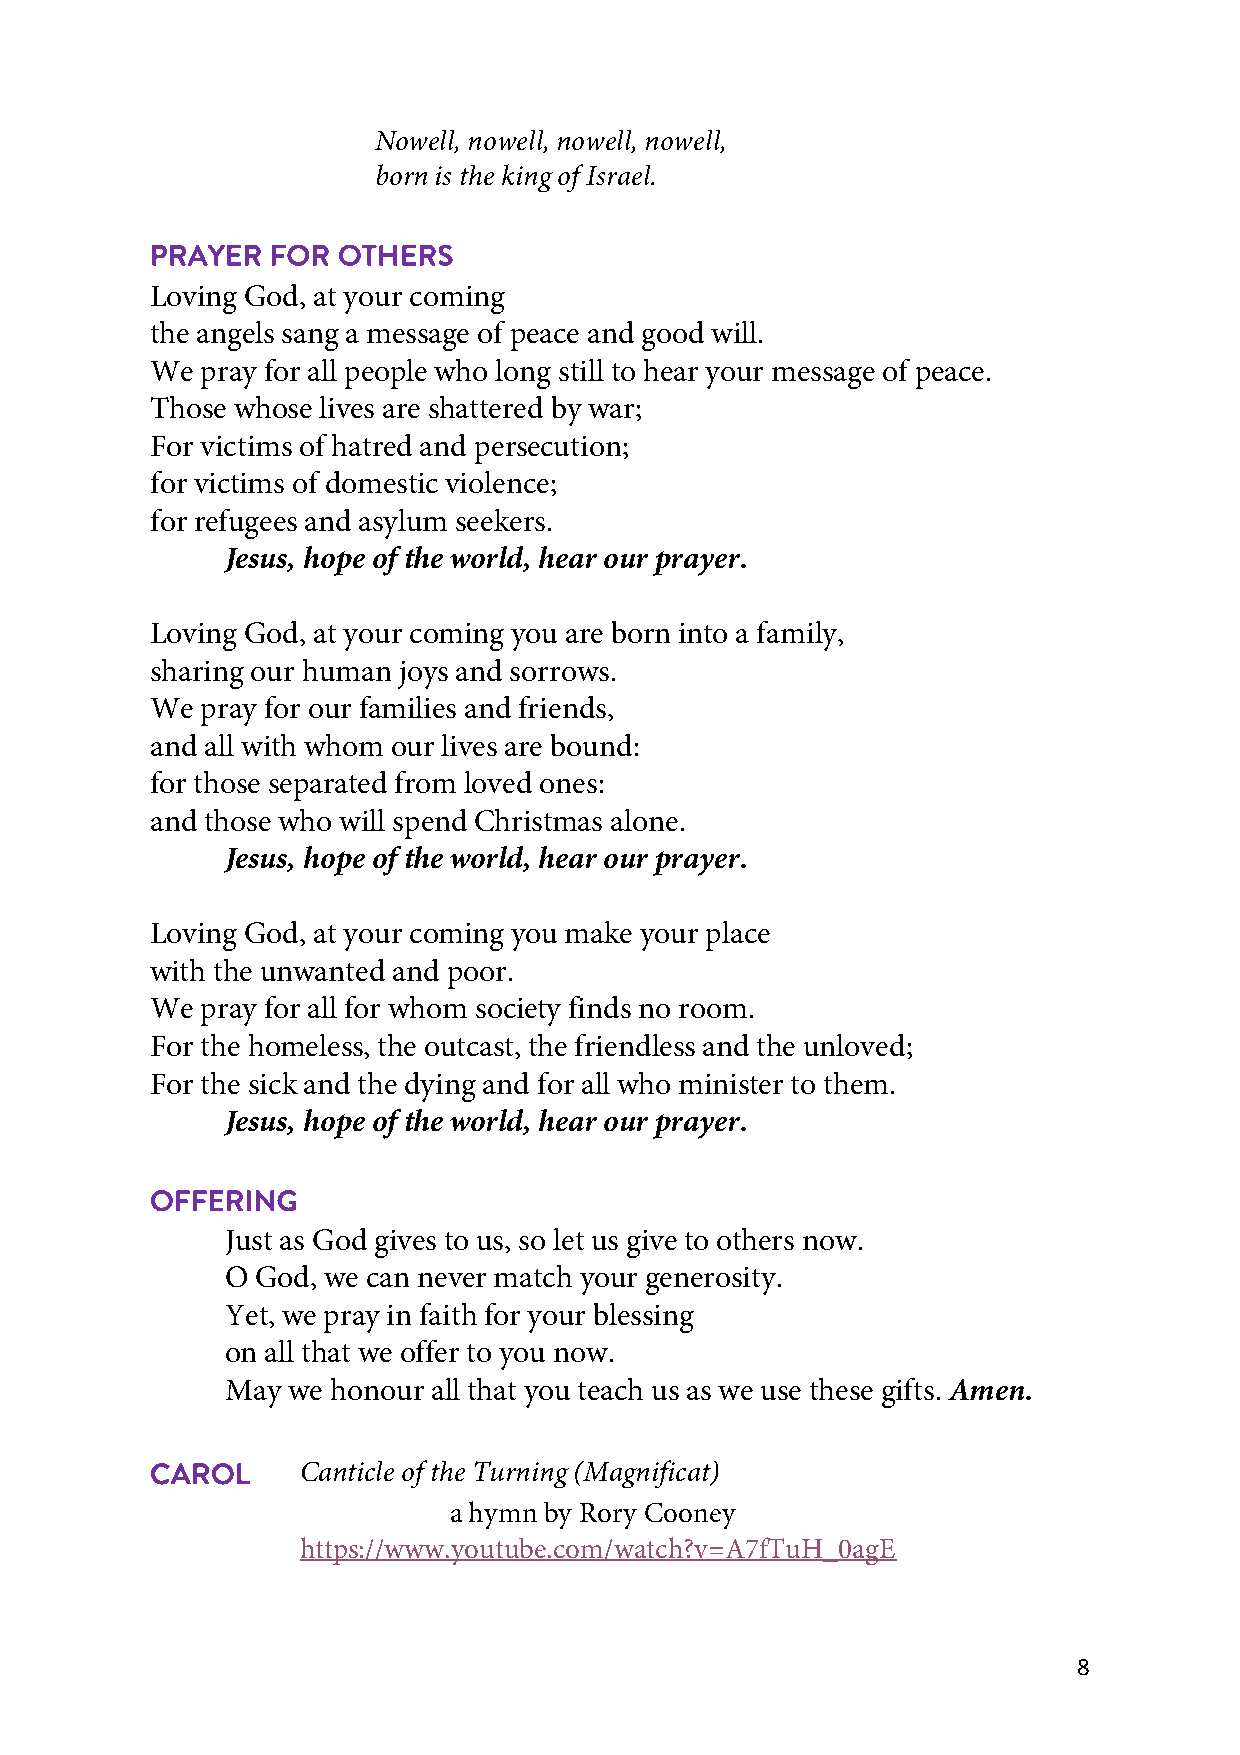
Nowell, nowell, nowell, nowell,
 born is the king of Israel.
 PRAYER  FOR OTHERS
 Loving God, at your coming
 the angels sang a message of peace and good will.
 We pray for all people who long still to hear your message of peace.
 Those whose lives are shattered by war;
 For victims of hatred and persecution;
 for victims of domestic violence;
 for refugees and asylum seekers.
 Jesus, hope of the world, hear our prayer.
 Loving God, at your coming you are born into a family,
 sharing our human joys and sorrows.
 We pray for our families and friends,
 and all with whom our lives are bound:
 for those separated from loved ones:
 and those who will spend Christmas alone.
 Jesus, hope of the world, hear our prayer.
 Loving God, at your coming you make your place
 with the unwanted and poor.
 We pray for all for whom society finds no room.
 For the homeless, the outcast, the friendless and the unloved;
 For the sick and the dying and for all who minister to them.
 Jesus, hope of the world, hear our prayer.
 OFFERING
 Just as God gives to us, so let us give to others now.
 O God, we can never match your generosity.
 Yet, we pray in faith for your blessing
 on all that we offer to you now.
 May we honour all that you teach us as we use these gifts. Amen.
 Canticle of the Turning (Magnificat)
 CAROL
 a hymn by Rory Cooney
 https://www.youtube.com/watch?v=A7fTuH_0agE
 8